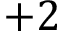
+ 2